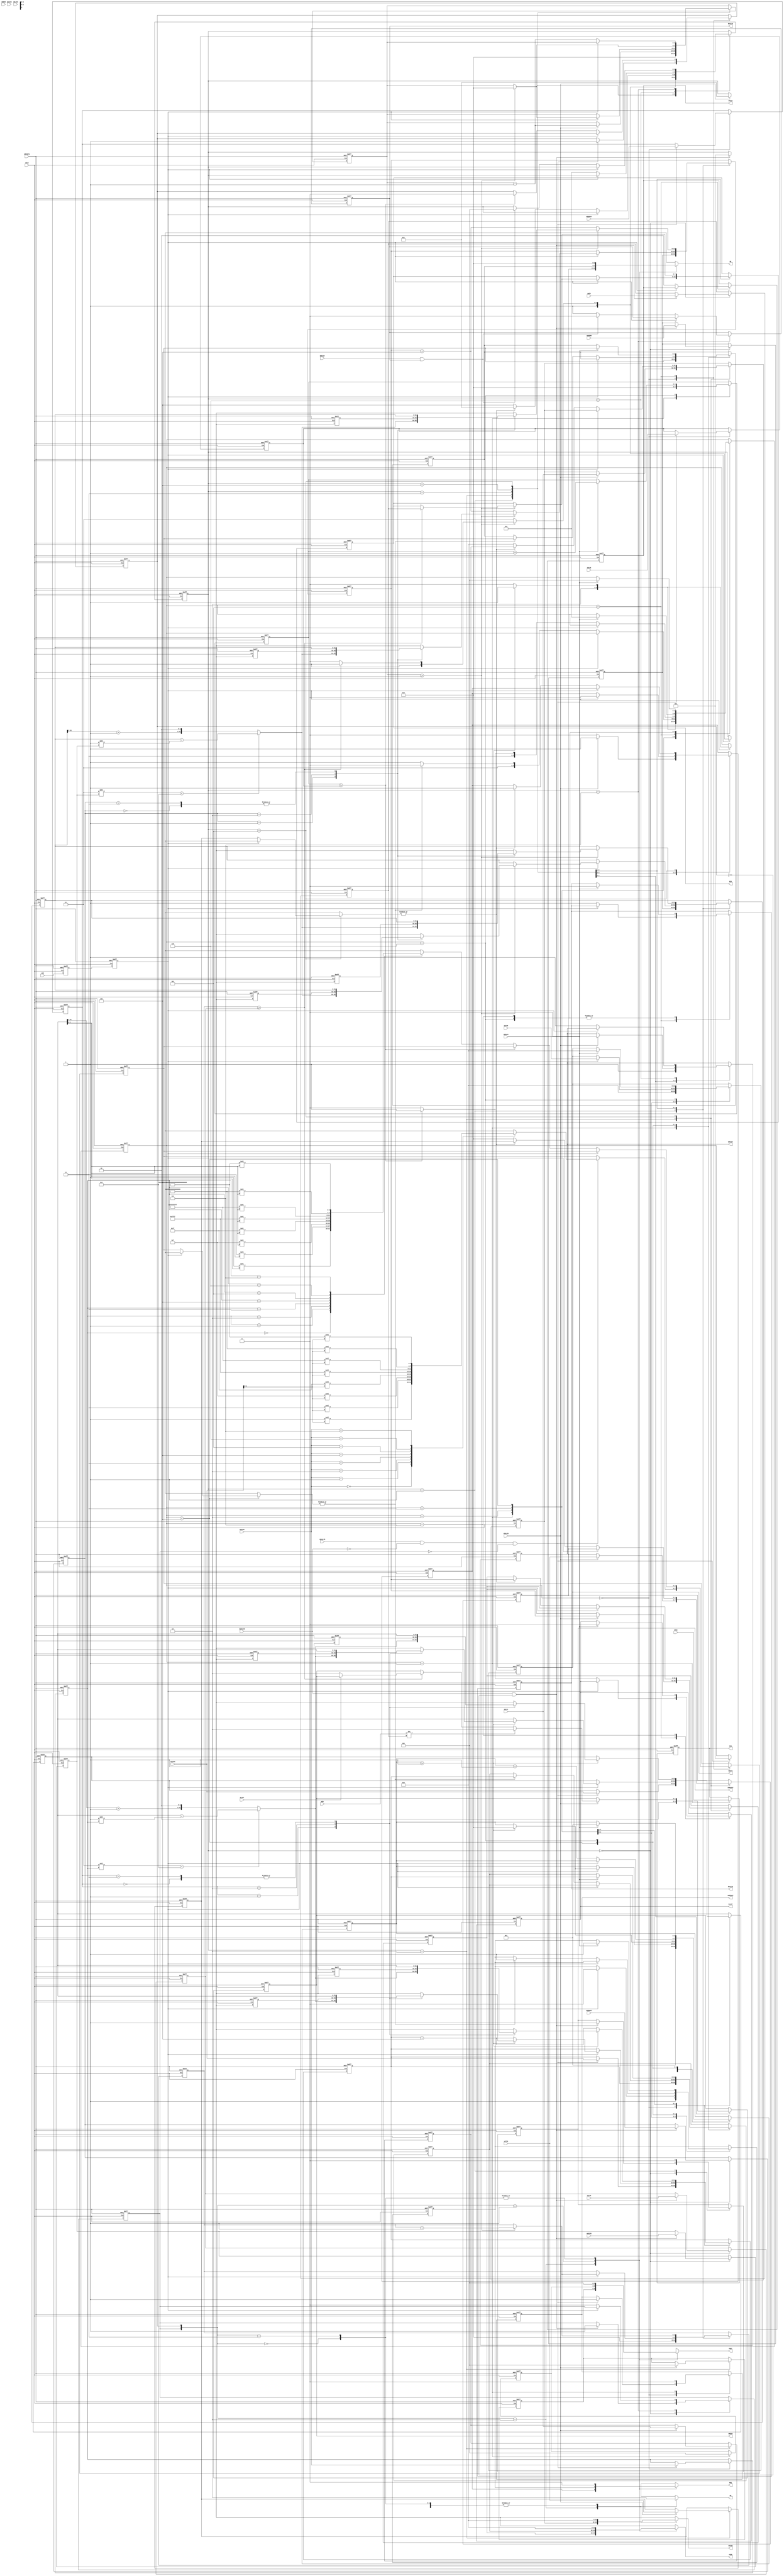
//---------------------------------------------------------------
//  Copyright (c) 2011 by Ando Ki.
//  All right reserved.
//---------------------------------------------------------------
//  axi2apb_axi_if.v
//---------------------------------------------------------------
//  VERSION: 2011.02.18.
//---------------------------------------------------------------
// [MACROS]
//---------------------------------------------------------------
// [PARAMTERS]
//---------------------------------------------------------------
// [Limitation]
//  - Exclusive atomic not supported.
//---------------------------------------------------------------
//          __    __    __    __    __    __    __    __
// ACLK  __|  |__|  |__|  |__|  |__|  |__|  |__|  |__|  |__
//          _________________
// REQ   __|                 |_____________________________
//                      _____
// ACK   ______________|     |_____________________________
//         __________________
// ADDR  XX______________A___XXXXXXXXXXXXXXXXXXXXXXXXXXXXXX
//         __________________
// DATAW XX______________DW__XXXXXXXXXXXXXXXXXXXXXXXXXXXXXX
//                            _____
// DATAR XXXXXXXXXXXXXXXXXXXXX_DR__XXXXXXXXXXXXXXXXXXXXXXXX
// 
//---------------------------------------------------------------
`timescale 1ns/1ns

module axi2apb_axi_if
     #(parameter AXI_WIDTH_CID  = 4 // Channel ID width in bits
               , AXI_WIDTH_ID   = 4 // ID width in bits
               , AXI_WIDTH_AD   =32 // address width
               , AXI_WIDTH_DA   =32 // data width
               , AXI_WIDTH_DS   =(AXI_WIDTH_DA/8)  // data strobe width
               , AXI_WIDTH_DSB  =clogb2(AXI_WIDTH_DS) // data strobe width
               , AXI_WIDTH_SID  =(AXI_WIDTH_CID+AXI_WIDTH_ID)
               , APB_WIDTH_PAD  =32 // APB address width
               )
(
       input  wire                     ARESETn
     , input  wire                     ACLK
     , input  wire [AXI_WIDTH_SID-1:0] AWID
     , input  wire [AXI_WIDTH_AD-1:0]  AWADDR
     `ifdef AMBA_AXI4
     , input  wire [ 7:0]              AWLEN
     , input  wire                     AWLOCK
     `else
     , input  wire [ 3:0]              AWLEN
     , input  wire [ 1:0]              AWLOCK
     `endif
     , input  wire [ 2:0]              AWSIZE
     , input  wire [ 1:0]              AWBURST
     `ifdef AMBA_AXI_CACHE
     , input  wire [ 3:0]              AWCACHE
     `endif
     `ifdef AMBA_AXI_PROT
     , input  wire [ 2:0]              AWPROT
     `endif
     , input  wire                     AWVALID
     , output reg                      AWREADY
     `ifdef AMBA_AXI4
     , input  wire [ 3:0]              AWQOS
     , input  wire [ 3:0]              AWREGION
     `endif
     , input  wire [AXI_WIDTH_SID-1:0] WID
     , input  wire [AXI_WIDTH_DA-1:0]  WDATA
     , input  wire [AXI_WIDTH_DS-1:0]  WSTRB
     , input  wire                     WLAST
     , input  wire                     WVALID
     , output reg                      WREADY
     , output reg  [AXI_WIDTH_SID-1:0] BID
     , output reg  [ 1:0]              BRESP
     , output reg                      BVALID
     , input  wire                     BREADY
     , input  wire [AXI_WIDTH_SID-1:0] ARID
     , input  wire [AXI_WIDTH_AD-1:0]  ARADDR
     `ifdef AMBA_AXI4
     , input  wire [ 7:0]              ARLEN
     , input  wire                     ARLOCK
     `else
     , input  wire [ 3:0]              ARLEN
     , input  wire [ 1:0]              ARLOCK
     `endif
     , input  wire [ 2:0]              ARSIZE
     , input  wire [ 1:0]              ARBURST
     `ifdef AMBA_AXI_CACHE
     , input  wire [ 3:0]              ARCACHE
     `endif
     `ifdef AMBA_AXI_PROT
     , input  wire [ 2:0]              ARPROT
     `endif
     , input  wire                     ARVALID
     , output reg                      ARREADY
     `ifdef AMBA_AXI4
     , input  wire [ 3:0]              ARQOS
     , input  wire [ 3:0]              ARREGION
     `endif
     , output reg  [AXI_WIDTH_SID-1:0] RID
     , output reg  [AXI_WIDTH_DA-1:0]  RDATA
     , output reg  [ 1:0]              RRESP
     , output reg                      RLAST
     , output reg                      RVALID
     , input  wire                     RREADY
     //-----------------------------------------------------------
     , output reg                      REQ
     , input  wire                     ACK    // need sync
     , output reg  [APB_WIDTH_PAD-1:0] ADDR
     , output reg                      WR
     , output reg  [31:0]              DATAW
     , input  wire [31:0]              DATAR
     , output reg  [ 3:0]              BE
     , output reg  [ 2:0]              PROT
     , input  wire                     ERROR
);
     //-----------------------------------------------------------
     reg  [APB_WIDTH_PAD-1:0] Twaddr ;
     reg  [31:0]              Twdata ;
     reg  [ 3:0]              Twstrb ;
     reg                      Twen   ;
     reg  [ 2:0]              Twprot ;
     reg  [APB_WIDTH_PAD-1:0] Traddr ;
     wire [31:0]              Trdata  = DATAR;
     reg  [ 3:0]              Trstrb ;
     reg                      Tren   ;
     reg  [ 2:0]              Trprot ;
     wire                     Tack   ; // ACK_sync;
     //-----------------------------------------------------------
     reg                     grant_write;
     reg                     grant_read ;
     //-----------------------------------------------------------
     always @ ( * ) begin
         case ({grant_write,grant_read})
         2'b10: begin // write-case
                REQ   = Twen  ;
                ADDR  = Twaddr;
                WR    = 1'b1  ;
                DATAW = Twdata; // be careful WDATA (AXI)
                BE    = Twstrb;
                PROT  = Twprot;
                end
         2'b01: begin // read-case
                REQ   = Tren  ;
                ADDR  = Traddr;
                WR    = 1'b0  ;
                DATAW =  'h0  ;
                BE    = Trstrb;
                PROT  = Trprot;
                end
         2'b00: begin
                REQ   = 1'b0;
                ADDR  =  'h0;
                WR    = 1'b0;
                DATAW =  'h0; // be careful WDATA (AXI)
                BE    = 4'h0;
                PROT  =  'h0;
                end
         2'b11: begin
                REQ   = 1'b0;
                ADDR  =  'h0;
                WR    = 1'b0;
                DATAW =  'h0; // be careful WDATA (AXI)
                BE    = 4'h0;
                PROT  =  'h0;
                // synopsys translate_off
                $display($time,,"%m ERROR both granted");
                // synopsys translate_on
                end
         endcase
     end
     //-----------------------------------------------------------
     reg ACK_sync, ACK_sync0;
     always @ (posedge ACLK or negedge ARESETn) begin
         if (ARESETn==1'b0) begin
             ACK_sync  <= 1'b0;
             ACK_sync0 <= 1'b0;
         end else begin
             ACK_sync  <= ACK_sync0;
             ACK_sync0 <= ACK;
         end
     end
     assign Tack = ACK_sync;
     //-----------------------------------------------------------
     // write case
     //-----------------------------------------------------------
     reg  [AXI_WIDTH_SID-1:0] AWID_reg   ;
     reg  [AXI_WIDTH_AD-1:0]  AWADDR_reg ;
     `ifdef AMBA_AXI4
     reg  [ 7:0]              AWLEN_reg  ;
     reg                      AWLOCK_reg ;
     `else
     reg  [ 3:0]              AWLEN_reg  ;
     reg  [ 1:0]              AWLOCK_reg ;
     `endif
     reg  [ 2:0]              AWSIZE_reg ;
     reg  [ 1:0]              AWBURST_reg;
     reg  [ 3:0]              AWCACHE_reg;
     reg  [ 2:0]              AWPROT_reg ;
     reg  [AXI_WIDTH_DA-1:0]  WDATA_reg  ;
     reg  [AXI_WIDTH_DS-1:0]  WSTRB_reg  ;
     //-----------------------------------------------------------
     reg  [APB_WIDTH_PAD-1:0] addrW; // address of each transfer within a burst
     reg  [APB_WIDTH_PAD-1:0] addrWT;// address of each transfer within a beat
     `ifdef AMBA_AXI4
     reg  [ 7:0]              beatW; // keeps num of transfers within a burst
     `else
     reg  [ 3:0]              beatW; // keeps num of transfers within a burst
     `endif
     //-----------------------------------------------------------
     reg  [ 3:0]         tickW;
     wire [ 3:0]         AWTICK = (AXI_WIDTH_DA/32); // num of words in a data-bus
     //-----------------------------------------------------------
     reg [2:0] stateW;
     localparam STW_IDLE        = 'h0,
                STW_RUN         = 'h1,
                STW_WRITE0      = 'h2,
                STW_WRITE1      = 'h3,
                STW_WRITE1_VOID = 'h4,
                STW_WRITE2      = 'h5,
                STW_WRITE       = 'h6,
                STW_RSP         = 'h7;
     always @ (posedge ACLK or negedge ARESETn) begin
         if (ARESETn==1'b0) begin
             AWID_reg    <=  'h0;
             AWADDR_reg  <=  'h0;
             AWLEN_reg   <=  'h0;
             AWSIZE_reg  <=  'b0;
             AWBURST_reg <=  'b0;
             AWLOCK_reg  <=  'b0;
             AWCACHE_reg <=  'h0;
             AWPROT_reg  <=  'b0;
             AWREADY     <= 1'b0;
             WREADY      <= 1'b0;
             WDATA_reg   <=  'h0;
             WSTRB_reg   <=  'h0;
             BID         <=  'h0;
             BRESP       <= 2'b10; // SLAVE ERROR
             BVALID      <= 1'b0;
             addrW       <=  'h0;
             addrWT      <=  'h0;
             beatW       <=  'h0;
             Twaddr      <=  'h0;
             Twdata      <=  'h0;
             Twstrb      <=  'h0;
             Twen        <= 1'b0;
             Twprot      <=  'h0;
             tickW       <=  'h0;
             grant_write <= 1'b0;
             stateW      <= STW_IDLE;
         end else begin
             case (stateW)
             STW_IDLE: begin
                 if ((AWVALID==1'b1)&&(grant_read==1'b0)) begin
                      AWREADY     <= 1'b1;
                      grant_write <= 1'b1;
                      AWID_reg    <= AWID   ;
                      AWADDR_reg  <= AWADDR ;
                      AWLEN_reg   <= AWLEN  ;
                      AWSIZE_reg  <= AWSIZE ;
                      AWBURST_reg <= AWBURST;
                      AWLOCK_reg  <= AWLOCK ;
                      `ifdef AMBA_AXI_CACHE
                      AWCACHE_reg <= AWCACHE;
                      `else
                      AWCACHE_reg <= 0;
                      `endif
                      `ifdef AMBA_AXI_PROT
                      AWPROT_reg  <= AWPROT ;
                      `else
                      AWPROT_reg  <= 0;
                      `endif
                      stateW      <= STW_RUN;
                 end
                 end // STW_IDLE
             STW_RUN: begin
                 AWREADY     <= 1'b0;
                 WREADY      <= 1'b1;
                 BRESP       <= 2'b00; // OKAY
                 addrW       <= AWADDR_reg[APB_WIDTH_PAD-1:0];
                 addrWT      <= AWADDR_reg[APB_WIDTH_PAD-1:0];
                 beatW       <=  'h0;
                 tickW       <= get_tick_wr(AWADDR_reg[7:0]); //get_tick_wr(AWADDR_reg[AXI_WIDTH_DSB-1:0]);
                 stateW      <= STW_WRITE0;
                 `ifdef RIGOR
                 // synopsys translate_off
                 if (AWVALID!=1'b1) begin
                   $display($time,,"%m ERROR AWVALID should be 1 at this point");
                 end
                 // synopsys translate_on
                 `endif
                 end // STW_RUN
             STW_WRITE0: begin
                 if (WVALID==1'b1) begin
                     WDATA_reg <= WDATA;
                     WSTRB_reg <= WSTRB;
                     Twaddr    <= addrWT;
                     Twdata    <= get_data_wr(addrWT,WDATA);
                     Twstrb    <= get_strb_wr(addrWT,WSTRB);
                     Twen      <= 1'b1;
                     `ifdef AMBA_AXI_PROT
                     Twprot    <= AWPROT_reg;
                     `else
                     Twprot    <=  'h0;
                     `endif
                     tickW     <= tickW + 1;
                     if (beatW>=AWLEN_reg) begin
                         if (WLAST==1'b0) BRESP <= 2'b10; // SLVERR - missing last
                     end
                     if (WID!=AWID_reg) BRESP <= 2'b10; // SLVERR - ID mis-match occured
                     WREADY <= 1'b0;
                     stateW <= STW_WRITE1;
                 end else begin
                     Twen   <= 1'b0;
                 end
                 end // STW_WRITE0
             STW_WRITE1: begin
                 if (Tack==1'b1) begin
                     Twen <= 1'b0;
                     if (tickW>=AWTICK) begin
                        beatW  <= beatW + 1;
                        addrW  <= get_next_addr_wr(addrW,AWSIZE_reg,AWBURST_reg);
                        addrWT <= get_next_addr_wr(addrW,AWSIZE_reg,AWBURST_reg);
                        if (beatW>=AWLEN_reg) begin
                            BID    <= AWID_reg;
                            tickW  <=  'h0;
                            stateW <= STW_RSP;
                        end else begin
                            tickW  <=  'h0; // it should be 0
                            stateW <= STW_WRITE;
                        end
                     end else begin
                         addrWT <= addrWT+4; // because TCM is 32-bit wide
                         stateW <= STW_WRITE2;
                     end
                 end
                 end // STW_WRITE1
             STW_WRITE1_VOID: begin
                 if (tickW>=AWTICK) begin
                    beatW  <= beatW + 1;
                    addrW  <= get_next_addr_wr(addrW,AWSIZE_reg,AWBURST_reg);
                    addrWT <= get_next_addr_wr(addrW,AWSIZE_reg,AWBURST_reg);
                    if (beatW>=AWLEN_reg) begin
                        BID    <= AWID_reg;
                        tickW  <=  'h0;
                        stateW <= STW_RSP;
                    end else begin
                        tickW  <=  'h0; // it should be 0
                        stateW <= STW_WRITE;
                    end
                 end else begin
                     addrWT <= addrWT+4; // because TCM is 32-bit wide
                     stateW <= STW_WRITE2;
                 end
                 end // STW_WRITE1
             STW_WRITE2: begin
                 if (Tack==1'b0) begin
                     tickW  <= tickW + 1;
                     if (|get_strb_wr(addrWT,WSTRB_reg)) begin
                         Twaddr <= addrWT;
                         Twdata <= get_data_wr(addrWT,WDATA_reg);
                         Twstrb <= get_strb_wr(addrWT,WSTRB_reg);
                         Twen   <= 1'b1;
                         stateW <= STW_WRITE1;
                     end else begin
                         Twdata <= 'h0;
                         Twstrb <= 'h0;
                         stateW <= STW_WRITE1_VOID;
                     end
                 end
                 end // STW_WRITE2
             STW_WRITE: begin
                 if (Tack==1'b0) begin
                     WREADY <= 1'b1;
                     stateW <= STW_WRITE0;
                 end
                 end // STW_WRITE
             STW_RSP: begin
                 if (Tack==1'b0) begin
                     grant_write <= 1'b0;
                     if ((BREADY==1'b1)&&(BVALID==1'b1)) begin
                         BVALID  <= 1'b0;
                         stateW  <= STW_IDLE;
                     end else begin
                         BVALID <= 1'b1;
                     end
                 end
                 end // STW_RSP
             endcase
         end
     end
     //-----------------------------------------------------------
     // read case
     //-----------------------------------------------------------
     reg  [AXI_WIDTH_AD-1:0] ARADDR_reg ;
     `ifdef AMBA_AXI4
     reg  [ 7:0]             ARLEN_reg  ;
     reg                     ARLOCK_reg ;
     `else
     reg  [ 3:0]             ARLEN_reg  ;
     reg  [ 1:0]             ARLOCK_reg ;
     `endif
     reg  [ 2:0]             ARSIZE_reg ;
     reg  [ 1:0]             ARBURST_reg;
     reg  [ 3:0]             ARCACHE_reg;
     reg  [ 2:0]             ARPROT_reg ;
     reg  [AXI_WIDTH_DS-1:0] ARSTRB_reg ;
     //-----------------------------------------------------------
     reg  [APB_WIDTH_PAD-1:0] addrR ;// address of each transfer within a burst
     reg  [APB_WIDTH_PAD-1:0] addrRT;// address of each transfer within a beat
     `ifdef AMBA_AXI4
     reg  [ 7:0]              beatR; // keeps num of transfers within a burst
     `else
     reg  [ 3:0]              beatR; // keeps num of transfers within a burst
     `endif
     //-----------------------------------------------------------
     reg  [ 3:0] tickR;
     wire [ 3:0] ARTICK = (AXI_WIDTH_DA/32); // num of words in a data-bus
     //-----------------------------------------------------------
     reg [2:0] stateR;
     localparam STR_IDLE      = 'h0,
                STR_RUN       = 'h1,
                STR_WAIT      = 'h2,
                STR_WAIT_VOID = 'h3,
                STR_TICK      = 'h4,
                STR_READ0     = 'h5,
                STR_READ1     = 'h6,
                STR_END       = 'h7;
     always @ (posedge ACLK or negedge ARESETn) begin
         if (ARESETn==1'b0) begin
             ARADDR_reg  <=  'h0;
             ARLEN_reg   <=  'h0;
             ARLOCK_reg  <=  'b0;
             ARSIZE_reg  <=  'b0;
             ARBURST_reg <=  'b0;
             ARCACHE_reg <=  'h0;
             ARPROT_reg  <=  'b0;
             ARSTRB_reg  <=  'h0;
             ARREADY     <= 1'b0;
             RID         <=  'h0;
             RLAST       <= 1'b0;
             RRESP       <= 2'b10; // SLAERROR
             RDATA       <=  'h0;
             RVALID      <= 1'b0;
             addrR       <=  'h0;
             addrRT      <=  'h0;
             beatR       <=  'h0;
             Traddr      <=  'h0;
             Trstrb      <=  'h0;
             Tren        <= 1'b0;
             Trprot      <=  'h0;
             tickR       <=  'h0;
             grant_read  <= 1'b0;
             stateR      <= STR_IDLE;
         end else begin
             case (stateR)
             STR_IDLE: begin
                 if ((ARVALID==1'b1)&&(AWVALID==1'b0)&&(grant_write==1'b0)) begin
                      grant_read  <= 1'b1;
                      ARREADY     <= 1'b1;
                      ARADDR_reg  <= ARADDR ;
                      ARLEN_reg   <= ARLEN  ;
                      ARSIZE_reg  <= ARSIZE ;
                      ARBURST_reg <= ARBURST;
                      ARLOCK_reg  <= ARLOCK ;
                      `ifdef AMBA_AXI_CACHE
                      ARCACHE_reg <= ARCACHE;
                      `else
                      ARCACHE_reg <= 0;
                      `endif
                      `ifdef AMBA_AXI_PROT
                      ARPROT_reg  <= ARPROT ;
                      `else
                      ARPROT_reg  <= 0;
                      `endif
                      ARSTRB_reg  <= make_strb_rd(ARADDR[AXI_WIDTH_DSB-1:0],ARSIZE);
                      addrR       <= ARADDR[APB_WIDTH_PAD-1:0];
                      addrRT      <= ARADDR[APB_WIDTH_PAD-1:0];
                      stateR      <= STR_RUN;
                 end
                 end // STR_IDLE
             STR_RUN: begin
                 ARREADY     <= 1'b0;
                 RID         <= ARID;
                 RDATA       <=  'h0; // it should be here
                 beatR       <=  'h0;
                 tickR       <= get_tick_rd(addrRT[7:0]);
                 Traddr      <= addrRT;
                 Trstrb      <= get_strb_rd(addrRT,ARSTRB_reg);
                 Tren        <= 1'b1;
                 `ifdef AMBA_AXI_PROT
                 Trprot      <= ARPROT_reg;
                 `else
                 Trprot      <=  'h0;
                 `endif
                 stateR      <= STR_WAIT;
                 end // STR_RUN
             STR_WAIT: begin
                 if (Tack) begin
                    Tren   <= 1'b0;
                    RDATA  <= get_data_rd(RDATA,addrRT,Trdata,ARSIZE_reg);
                    if (tickR>=ARTICK) begin
                        addrR  <= get_next_addr_rd(addrR,ARSIZE_reg,ARBURST_reg);
                        addrRT <= get_next_addr_rd(addrR,ARSIZE_reg,ARBURST_reg);
                        tickR  <= 'h0; // since new beat
                        stateR <= STR_READ0;
                    end else begin
                        addrRT <= addrRT + 4; // since TCM is 32-bit width
                        stateR <= STR_TICK;
                    end
                 end
                 end // STR_WAIT
             STR_WAIT_VOID: begin
                 if (tickR>=ARTICK) begin
                     addrR  <= get_next_addr_rd(addrR,ARSIZE_reg,ARBURST_reg);
                     addrRT <= get_next_addr_rd(addrR,ARSIZE_reg,ARBURST_reg);
                     tickR  <= 'h0; // since new beat
                     stateR <= STR_READ0;
                 end else begin
                     addrRT <= addrRT + 4; // since TCM is 32-bit width
                     stateR <= STR_TICK;
                 end
                 end // STR_WAIT
             STR_TICK: begin
                 if (Tack==1'b0) begin
                     tickR  <= tickR + 1;
                     if (|get_strb_rd(addrRT,ARSTRB_reg)) begin
                          Tren   <= 1'b1;
                          Traddr <= addrRT;
                          Trstrb <= get_strb_rd(addrRT,ARSTRB_reg);
                          stateR <= STR_WAIT;
                     end else begin
                          stateR <= STR_WAIT_VOID; // nothing to read
                     end
                 end
                 end // STR_TICK
             STR_READ0: begin
                 if (Tack==1'b0) begin
                     if (beatR>=ARLEN_reg) begin
                         RLAST      <= 1'b1;
                         RRESP      <= 2'b00;
                         RVALID     <= 1'b1;
                         grant_read <= 1'b0;
                         stateR     <= STR_END;
                     end else begin
                         RLAST      <= 1'b0;
                         RRESP      <= 2'b00;
                         RVALID     <= 1'b1;
                         ARSTRB_reg <= make_strb_rd(addrR[AXI_WIDTH_DSB-1:0],ARSIZE_reg);
                         stateR     <= STR_READ1;
                     end
                 end
                 end // STR_READ0
             STR_READ1: begin
                 if (RREADY) begin
                     RVALID <= 1'b0;
                     RDATA  <= 'h0;
                     Tren   <= 1'b1;
                     Traddr <= addrRT;
                     Trstrb <= get_strb_rd(addrRT,ARSTRB_reg);
                     tickR  <= 'h1;
                     beatR  <= beatR + 1;
                     stateR <= STR_WAIT;
                 end
                 end // STR_READ1
             STR_END: begin // data only
                 if (RREADY==1'b1) begin
                     RLAST   <= 1'b0;
                     RVALID  <= 1'b0;
                     stateR <= STR_IDLE;
                 end
                 end // STR_END
             endcase
         end
     end
     //-----------------------------------------------------------
     function [3:0] get_strb_wr;
          input [APB_WIDTH_PAD-1:0]  addr;
          input [AXI_WIDTH_DS-1:0] strb;  // num. of byte to move: 0=1-byte, 1=2-byte
     begin
          case (AXI_WIDTH_DS)
           4: get_strb_wr = strb;
           8: case (addr[2])
              0: get_strb_wr = strb;
              1: get_strb_wr = strb>>4;
              endcase
          16: case (addr[3:2])
              2'b00: get_strb_wr = strb;
              2'b01: get_strb_wr = strb>>4;
              2'b10: get_strb_wr = strb>>8;
              2'b11: get_strb_wr = strb>>12;
              endcase
          default: begin
                   get_strb_wr = strb;
                   // synopsys translate_off
                   $display($time,,"%m ERROR un-supported WSTRB width %2d", AXI_WIDTH_DS);
                   // synopsys translate_on
                   end
          endcase
     end
     endfunction
     //-----------------------------------------------------------
     function [3:0] get_strb_rd;
          input [APB_WIDTH_PAD-1:0]  addr;
          input [AXI_WIDTH_DS-1:0] strb;  // num. of byte to move: 0=1-byte, 1=2-byte
     begin
          case (AXI_WIDTH_DS)
           4: get_strb_rd = strb;
           8: case (addr[2])
              0: get_strb_rd = strb;
              1: get_strb_rd = strb>>4;
              endcase
          16: case (addr[3:2])
              2'b00: get_strb_rd = strb;
              2'b01: get_strb_rd = strb>>4;
              2'b10: get_strb_rd = strb>>8;
              2'b11: get_strb_rd = strb>>12;
              endcase
          default: begin
                   get_strb_rd = strb;
                   // synopsys translate_off
                   $display($time,,"%m ERROR un-supported WSTRB width %2d", AXI_WIDTH_DS);
                   // synopsys translate_on
                   end
          endcase
     end
     endfunction
     //-----------------------------------------------------------
     function [AXI_WIDTH_DS-1:0] make_strb_rd;
          input [AXI_WIDTH_DSB-1:0] addr;
          input [ 2:0]              size; // 0=1-byte, 1=2-byte
          reg   [127:0]             strb;
     begin
          case (size)
          3'b000: strb = {   1{1'b1}}<<addr; // one-byte
          3'b001: strb = {   2{1'b1}}<<addr; // two-byte
          3'b010: strb = {   4{1'b1}}<<addr; // four-byte
          3'b011: strb = {   8{1'b1}}<<addr;
          3'b100: strb = {  16{1'b1}}<<addr;
          3'b101: strb = {  32{1'b1}}<<addr;
          3'b110: strb = { 64{1'b1}}<<addr;
          3'b111: strb = {128{1'b1}}<<addr;
          endcase
          make_strb_rd = strb[AXI_WIDTH_DS-1:0];
     end
     endfunction
     //-----------------------------------------------------------
     function [APB_WIDTH_PAD-1:0] get_next_addr_wr;
          input [APB_WIDTH_PAD-1:0] addr ;
          input [ 2:0]            size ;
          input [ 1:0]            burst; // burst type
          reg   [APB_WIDTH_PAD-3:0] naddr;
          reg   [APB_WIDTH_PAD-1:0] mask ;
     begin
          case (burst)
          2'b00: get_next_addr_wr = addr;
          2'b01: begin
                 if ((1<<size)<AXI_WIDTH_DS) begin
                    get_next_addr_wr = addr + (1<<size);
                 end else begin
                     naddr = addr[APB_WIDTH_PAD-1:AXI_WIDTH_DSB] + 1;
                     get_next_addr_wr = {naddr,{AXI_WIDTH_DSB{1'b0}}};
                 end
                 end
          2'b10: begin
                 // synopsys translate_off
                 $display($time,,"%m ERROR BURST WRAP not supported");
                 // synopsys translate_on
                 end
          2'b11: begin
                 get_next_addr_wr = addr;
                 // synopsys translate_off
                 $display($time,,"%m ERROR un-defined BURST %01x", burst);
                 // synopsys translate_on
                 end
          endcase
     end
     endfunction
     //-----------------------------------------------------------
     function [APB_WIDTH_PAD-1:0] get_next_addr_rd;
          input [APB_WIDTH_PAD-1:0] addr ;
          input [ 2:0]            size ;
          input [ 1:0]            burst; // burst type
          reg   [APB_WIDTH_PAD-3:0] naddr;
          reg   [APB_WIDTH_PAD-1:0] mask ;
     begin
          case (burst)
          2'b00: get_next_addr_rd = addr;
          2'b01: begin
                 if ((1<<size)<AXI_WIDTH_DS) begin
                    get_next_addr_rd = addr + (1<<size);
                 end else begin
                     naddr = addr[APB_WIDTH_PAD-1:AXI_WIDTH_DSB] + 1;
                     get_next_addr_rd = {naddr,{AXI_WIDTH_DSB{1'b0}}};
                 end
                 end
          2'b10: begin
                 // synopsys translate_off
                 $display($time,,"%m ERROR BURST WRAP not supported");
                 // synopsys translate_on
                 end
          2'b11: begin
                 get_next_addr_rd = addr;
                 // synopsys translate_off
                 $display($time,,"%m ERROR un-defined BURST %01x", burst);
                 // synopsys translate_on
                 end
          endcase
     end
     endfunction
     //-----------------------------------------------------------
     function [31:0] get_data_wr;
          input [APB_WIDTH_PAD-1:0] addr;
          input [AXI_WIDTH_DA-1:0]    data;
     begin
          case (AXI_WIDTH_DA)
          32: get_data_wr = data;
          64: case (addr[2])
              0: get_data_wr = data;
              1: get_data_wr = data>>32;
              endcase
          128: case (addr[3:2])
              2'b00: get_data_wr = data;
              2'b01: get_data_wr = data>>32;
              2'b10: get_data_wr = data>>64;
              2'b11: get_data_wr = data>>96;
              endcase
          default: begin
                   get_data_wr = data;
                   // synopsys translate_off
                   $display($time,,"%m ERROR %d-bit AXI data bus not supported", AXI_WIDTH_DA);
                   // synopsys translate_on
                   end
          endcase
     end
     endfunction
     //-----------------------------------------------------------
     // It determines the first tick value
     function [3:0] get_tick_wr;
          //input [AXI_WIDTH_DSB-1:0] addr;
          input [7:0] addr;
     begin
          case (AXI_WIDTH_DA)
           32: get_tick_wr = 4'h0;
           64: case (addr[2])
               0: get_tick_wr = 4'h0;
               1: get_tick_wr = 4'h1;
               endcase
          128: case (addr[3:2])
               2'b00: get_tick_wr = 4'h0;
               2'b01: get_tick_wr = 4'h1;
               2'b10: get_tick_wr = 4'h2;
               2'b11: get_tick_wr = 4'h3;
               endcase
          default: begin
                   get_tick_wr = 'h0;
                   // synopsys translate_off
                   $display($time,,"%m ERROR %d-bit AXI data bus not supported", AXI_WIDTH_DA);
                   // synopsys translate_on
                   end
          endcase
     end
     endfunction
     //-----------------------------------------------------------
     // It determines the first tick value
     function [3:0] get_tick_rd;
          //input [AXI_WIDTH_DSB-1:0] addr;
          input [7:0] addr;
     begin
          case (AXI_WIDTH_DA)
           32: get_tick_rd = 4'h1;
           64: case (addr[2])
               0: get_tick_rd = 4'h1;
               1: get_tick_rd = 4'h2;
               endcase
          128: case (addr[3:2])
               2'b00: get_tick_rd = 4'h1;
               2'b01: get_tick_rd = 4'h2;
               2'b10: get_tick_rd = 4'h3;
               2'b11: get_tick_rd = 4'h4;
               endcase
          default: begin
                   get_tick_rd = 'h1;
                   // synopsys translate_off
                   $display($time,,"%m ERROR %d-bit AXI data bus not supported", AXI_WIDTH_DA);
                   // synopsys translate_on
                   end
          endcase
     end
     endfunction
     //-----------------------------------------------------------
     // It merges 'dataT' to 'dataR'.
     function [AXI_WIDTH_DA-1:0] get_data_rd;
          input [AXI_WIDTH_DA-1:0] dataR;
          input [APB_WIDTH_PAD-1:0]  addr;
          input [31:0]             dataT;
          input [ 2:0]             sizeR; // 0=1-byte
     begin
          case (AXI_WIDTH_DA)
          32: get_data_rd = dataT;
          64: case (addr[2])
              0: get_data_rd = dataT;
              1: get_data_rd = (dataT<<32)|dataR;
              endcase
          128: case (addr[3:2])
              2'b00: get_data_rd = dataT;
              2'b01: get_data_rd = (dataT<<32)|dataR;
              2'b10: get_data_rd = (dataT<<64)|dataR;
              2'b11: get_data_rd = (dataT<<96)|dataR;
              endcase
          default: begin
                   get_data_rd = dataT;
                   // synopsys translate_off
                   $display($time,,"%m ERROR %d-bit AXI data bus not supported", AXI_WIDTH_DA);
                   // synopsys translate_on
                   end
          endcase
     end
     endfunction
     //-----------------------------------------------------------
     function integer clogb2;
     input [31:0] value;
     reg   [31:0] tmp;
     begin
        tmp = value - 1;
        for (clogb2 = 0; tmp > 0; clogb2 = clogb2 + 1) tmp = tmp >> 1;
     end
     endfunction
     //-----------------------------------------------------------
endmodule
//---------------------------------------------------------------
// Revision history
//
// 2011.02.18: re-written by Ando Ki.
// 2011.01.21: start by Ando Ki (adki@dynalith.com)
//---------------------------------------------------------------